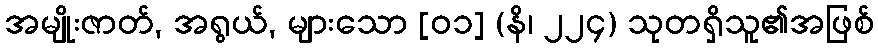
အမျိုးဇာတ်, အရွယ်, များသော [၀၁] (နိ၊ ၂၂၄) သုတရှိသူ၏အဖြစ်